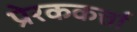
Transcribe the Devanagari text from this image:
प्रेरककर्त्ता